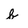
Character: b